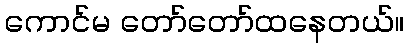
ကောင်မ တော်တော်ထနေတယ်။